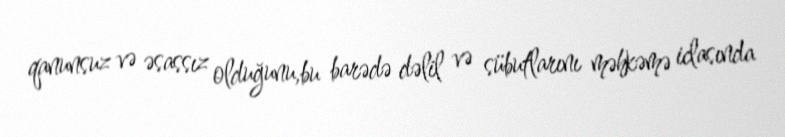
qanunsuz və əsassız olduğunu,bu barədə dəlil və sübutlarını məhkəmə iclasında